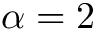
\alpha = 2